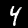
Label: 4